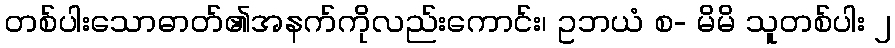
တစ်ပါးသောဓာတ်၏အနက်ကိုလည်းကောင်း၊ ဥဘယံ စ- မိမိ သူတစ်ပါး ၂